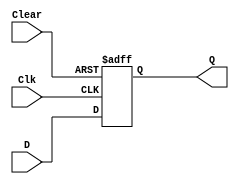
module d_ff_with_clear(
    input D,
    input Clk,
    input Clear,
    output reg Q
);

always @(posedge Clk or negedge Clear) begin
    if(!Clear) begin
        Q <= 1'b0;
    end else begin
        Q <= D;
    end
end

endmodule